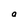
Character: a